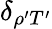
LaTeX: \delta_{\rho^{\prime}T^{\prime}}